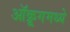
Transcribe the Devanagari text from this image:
ऑक्रूगमध्ये